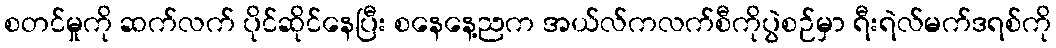
စတင်မှုကို ဆက်လက် ပိုင်ဆိုင်နေပြီး စနေနေ့ညက အယ်လ်ကလက်စီကိုပွဲစဉ်မှာ ရီးရဲလ်မက်ဒရစ်ကို